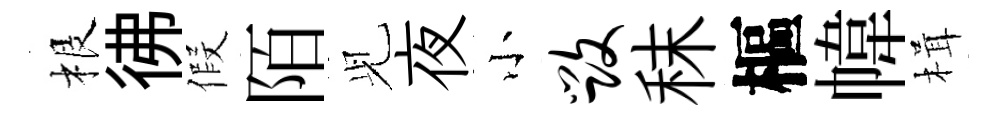
根彿假陌𫤗夜小毁秣樞幃楫